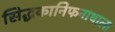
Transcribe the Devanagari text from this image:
सिद्धकानिफनाथाला